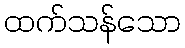
ထက်သန်သော